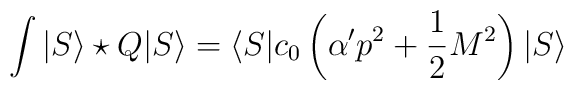
\int | S \rangle \star Q | S \rangle =\langle S | c_0 \left(\alpha' p^2 +\frac{1}{2} M^2 \right)| S \rangle